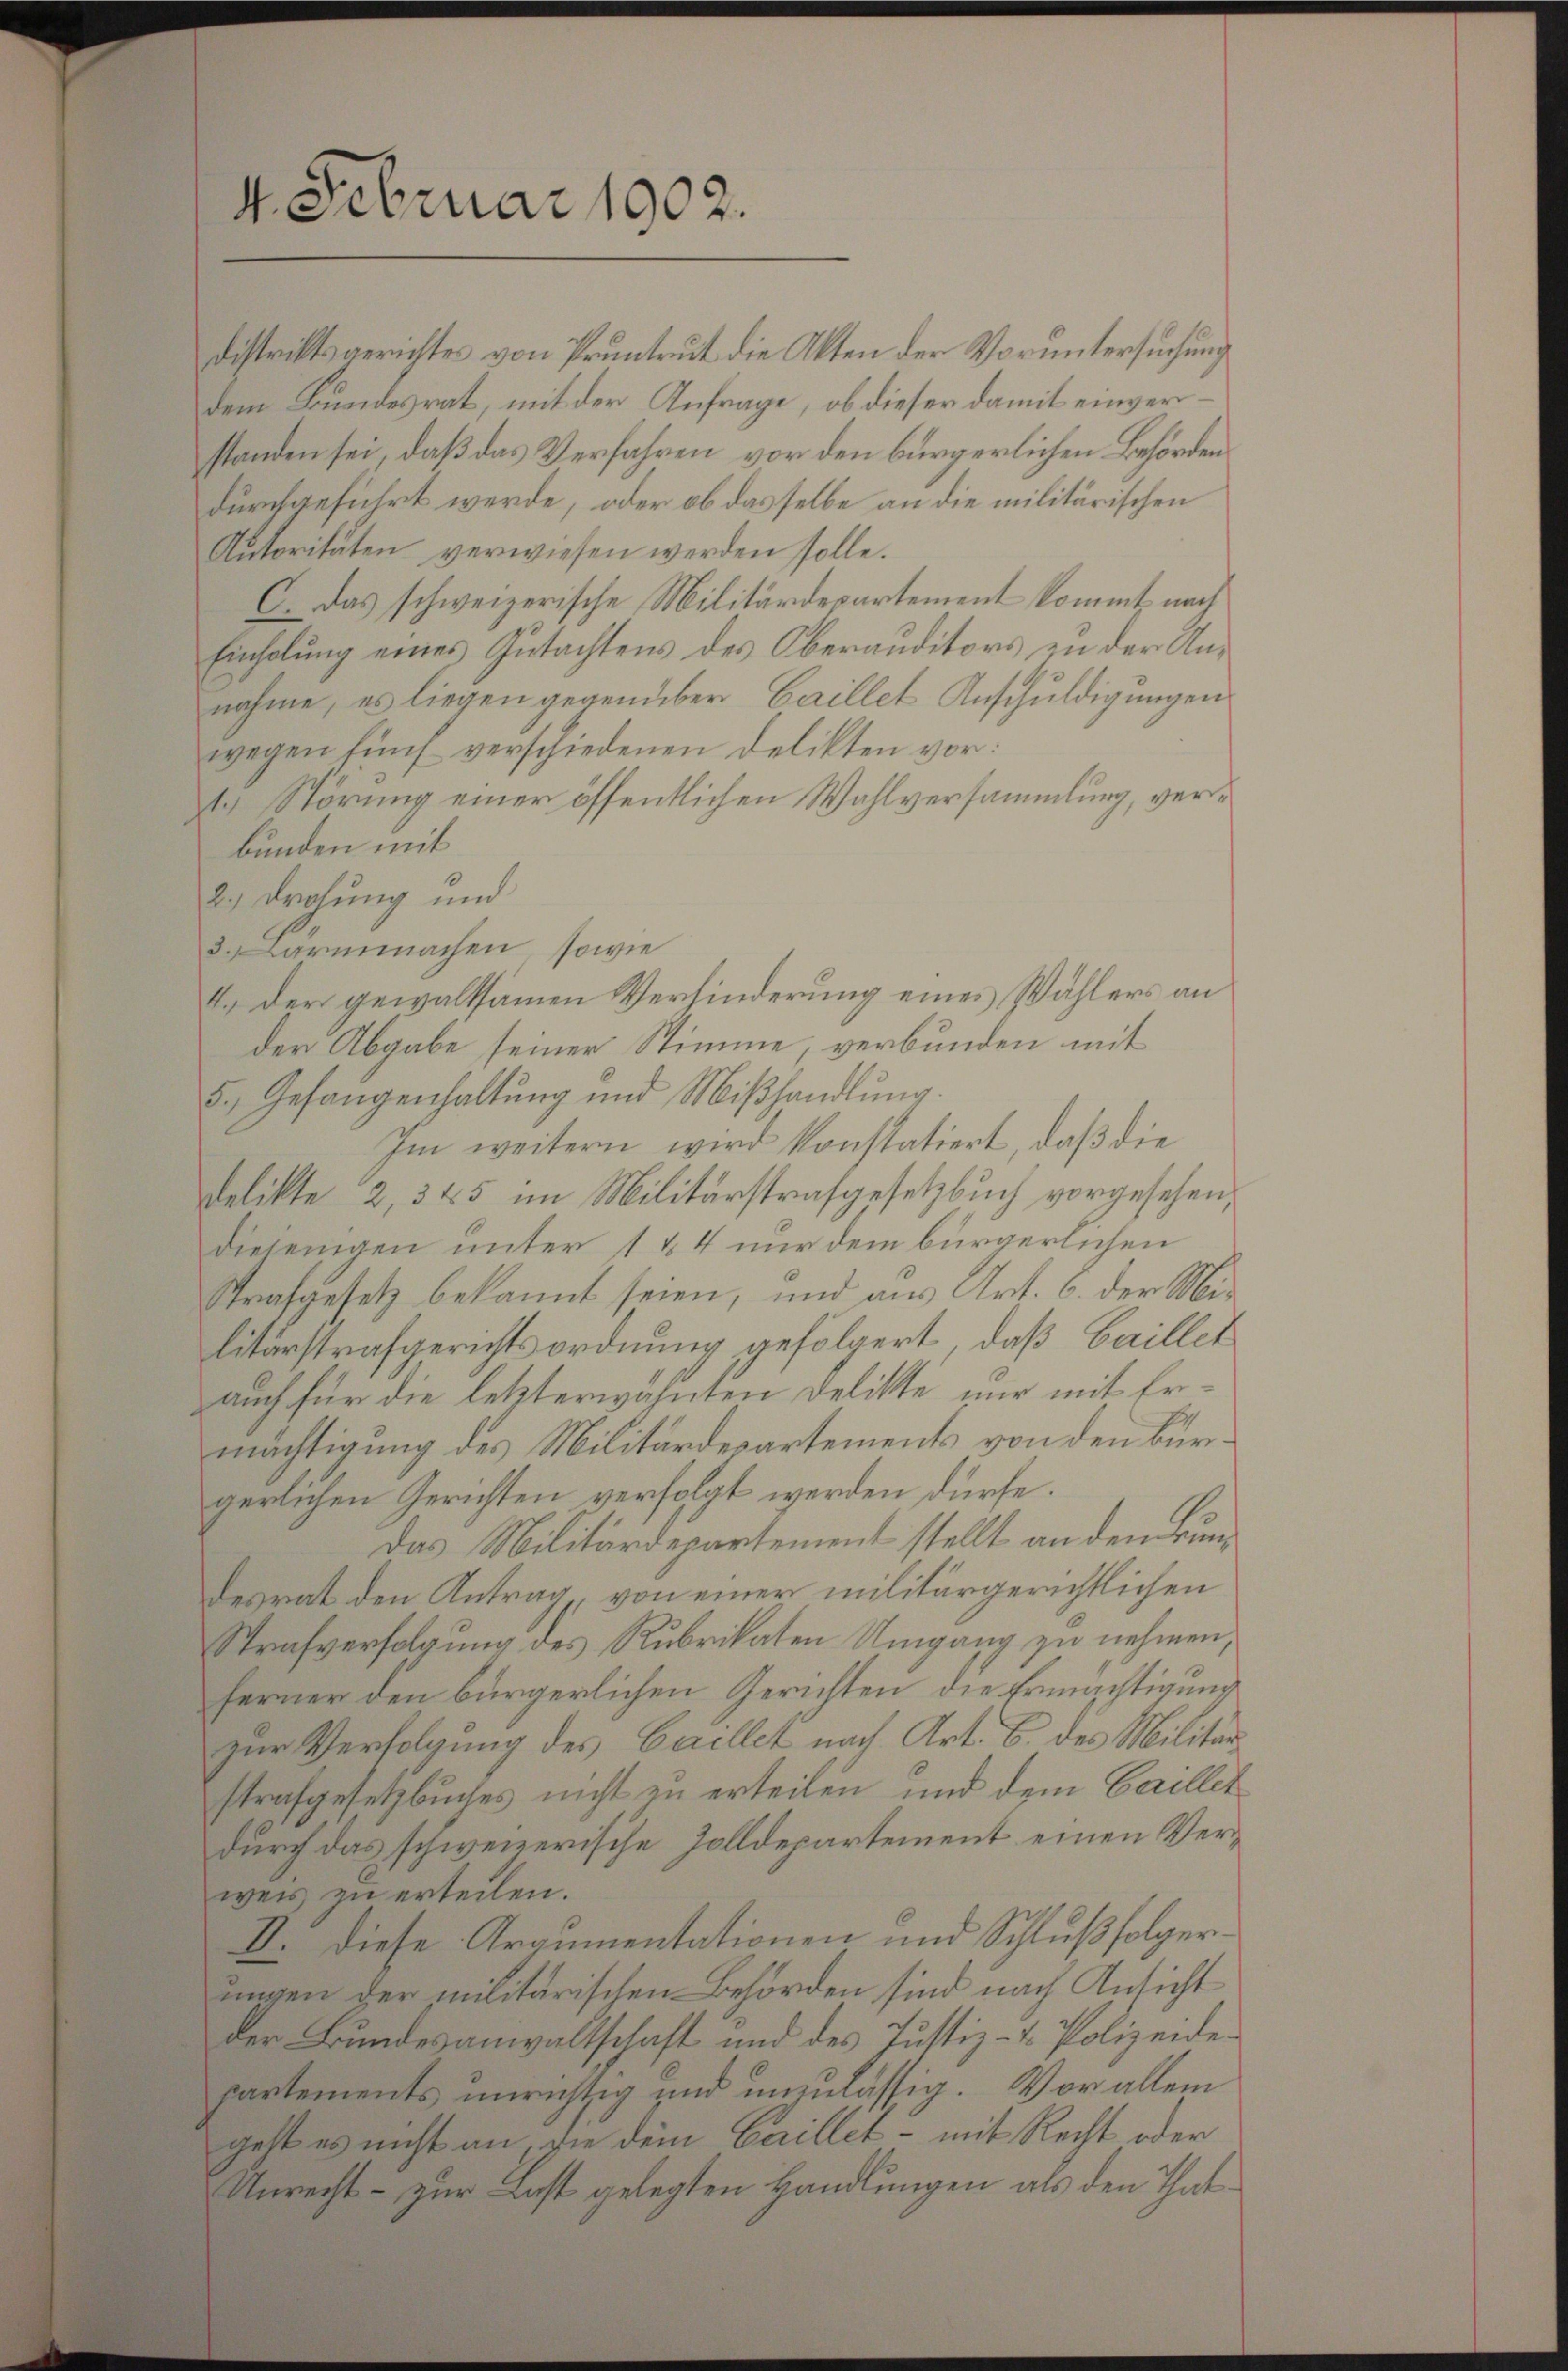
4. Februar 1902.

Distriktsgerichtes von Pruntrut die Akten der Voruntersuchung
dem Bundesrat, mit der Anfrage, ob dieser damit einverstanden sei, daß das Verfahren vor den bürgerlichen Behörden
durchgeführt werde, oder ob dasselbe an die militärischen
Nŭtoritäten verwiesen werden solle.
C. Das schweizerische Militärdepartement kommt nach
Einholung eines Gutachtens des Oberauditors an der Annahme, es liegen gegenüber Caillet Anschuldigungen
wegen fünf verschiedenen Delikten vor:
t. Störung einer öffentlichen Wahlversammlung, verbunden mit
2.) Drohung und
3. Larmmachen, sowie
I.) Der gewaltsamen Verhinderung eines Wählers an
der Abgabe seiner Stimme, verbunden mit
5., Gefangenhaltung und Mißhandlung.
Im weitern wird konstatiert, daß die
Delikte, 2, 345 im Militärstrafgesetzbuch vorgesehen,
diejenigen unter 1 & 4 nur dem bürgerlichen
Strafgesetz bekannt seien, und aus Art. 6. der Militärstrafgerichtsordnung gefolgert, daß Gaillet
auch für die letzterwähnten Delikte nur mit Ermächtigung des Militärdepartements von den Bürgerlichen Gerichten verfolgt werden dürfe.
Das Militärdepartement stellt an den Bundesrat den Antrag von einer militärgerichtlichen
Strafverfolgung des Rubrikaten Umgang zu nehmen,
ferner den bürgerlichen Gerichten, die Ermächtigung
zur Verfolgung des Cacllet nach Art. 6. des Militärstrafgesetzbuches nicht zu erteilen und dem Carillet
durch das schweizerische Zolldepartement einen Verweis zu erteilen.
II. Diese Argumentationen und Schlußfolgerungen der militärischen Behörden sind nach Ansicht
der Bundesanwaltschaft und des Justiz- & Polizeidepartements unrichtig und unmässig. Vor allem
gelt es nicht an, sie dem Caillet - mit Recht oder
Unrecht – zur Last gelegten Handlungen als den That¬